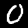
Label: 0